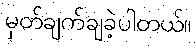
မှတ်ချက်ချခဲ့ပါတယ်။